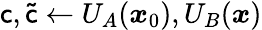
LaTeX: \mathsf{c},\mathsf{\tilde{c}}\gets U_{A}({\boldsymbol{x}}_{0}),U_{B}({\boldsymbol{x}})